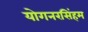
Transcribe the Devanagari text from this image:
योगनरसिंहम